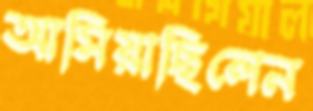
আসিয়াছিলেন